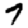
Digit: 7